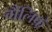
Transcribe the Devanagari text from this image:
गैलिफ़्रे